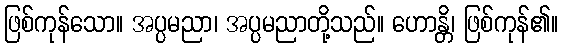
ဖြစ်ကုန်သော။ အပ္ပမညာ၊ အပ္ပမညာတို့သည်။ ဟောန္တိ၊ ဖြစ်ကုန်၏။